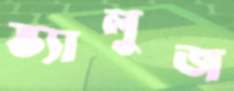
ভ্যালুজ